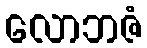
လောဘဇံ